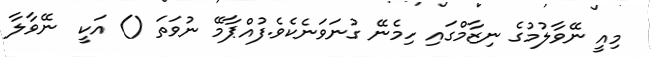
މިއީ ނޭވާލުމުގެ ނިޒާމްގައި ހިމެނޭ ގުނަވަނެކެވެ.ފުއްޕާމޭ ނުވަތަ () އަކީ  ނޭވާލާ